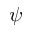
\psi